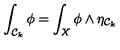
\int _ { { \cal { C } } _ { k } } \phi = \int _ { X } \phi \wedge \eta _ { { \cal { C } } _ { k } }